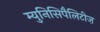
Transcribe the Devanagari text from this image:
म्युनिसिपैलिटीज़